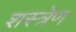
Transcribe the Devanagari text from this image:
शस्त्रेण